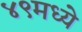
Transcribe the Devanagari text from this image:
४९मध्ये